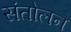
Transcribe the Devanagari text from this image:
संतोलन